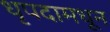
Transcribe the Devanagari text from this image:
धृपदामधून